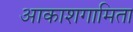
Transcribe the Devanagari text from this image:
आकाशगामिता